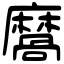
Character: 𪎩